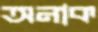
অনাক